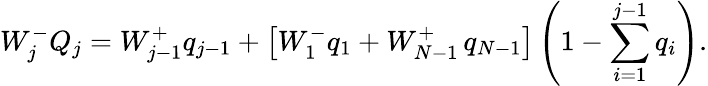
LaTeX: W_{j}^{-}Q_{j}=W_{j-1}^{+}q_{j-1}+\left[W_{1}^{-}q_{1}+W_{N-1}^{+}\thinspace q_{N-1}\right]\left(1-\sum_{i=1}^{j-1}q_{i}\right).